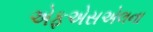
એફએસએલના